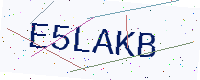
Text: E5LAKB